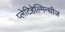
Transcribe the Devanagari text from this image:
प्लेटिहेल्मिन्थीज